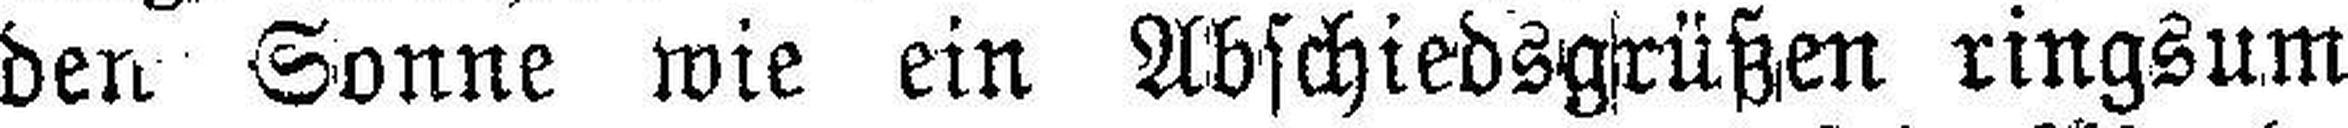
den Sonne wie ein Abschiedsgrüßen ringsum